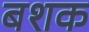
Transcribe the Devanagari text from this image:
बशक